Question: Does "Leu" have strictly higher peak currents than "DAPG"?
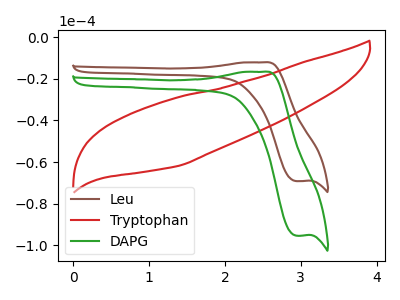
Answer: <think>The brown curve "Leu" has an anodic peak at (2.50V, -12.00uA) and a cathodic peak at (2.95V, -69.20uA). The red curve "Tryptophan" has no peaks. The green curve "DAPG" has an anodic peak at (2.50V, -16.55uA) and a cathodic peak at (2.95V, -95.45uA).</think>
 <answer>The peaks in "Leu" are neither all higher or all lower than the peaks in "DAPG".</answer>
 <eval>mixed</eval>